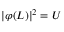
\vert \varphi ( L ) \vert ^ { 2 } = U